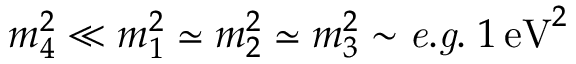
m _ { 4 } ^ { 2 } \ll m _ { 1 } ^ { 2 } \simeq m _ { 2 } ^ { 2 } \simeq m _ { 3 } ^ { 2 } \sim { \it e . g . } \; 1 \, \mathrm { e V } ^ { 2 }